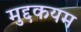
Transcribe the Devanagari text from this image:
मुद्दकयम